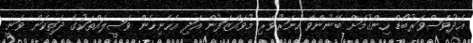
އެދުވަސްވަރުބޯޑް ހިންގުމަށް ބޭނުންވާ ހުނަރުވެރި މުވައްޒަފުން އަދި އެހެނިހެން ވަސީލައްތަކުގެ ދަތިކަން ވަނީ